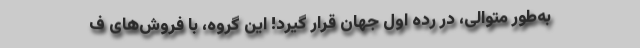
به‌طور متوالی، در رده اول جهان قرار گیرد! این گروه، با فروش‌های ف